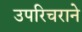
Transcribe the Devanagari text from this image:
उपरिचराने